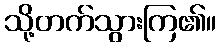
သို့တက်သွားကြ၏။